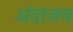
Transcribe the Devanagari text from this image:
अंदाजच